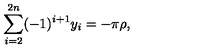
\sum _ { i = 2 } ^ { 2 n } ( - 1 ) ^ { i + 1 } y _ { i } = - \pi \rho , \,